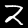
Label: 2